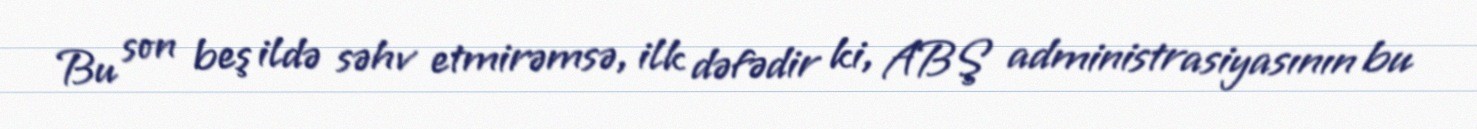
Bu son beş ildə səhv etmirəmsə, ilk dəfədir ki, ABŞ administrasiyasının bu